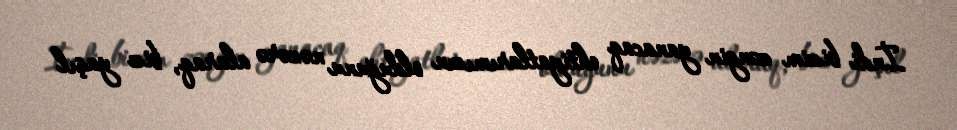
İndi bizim zəngin yanacaq ehtiyatlarımızın olduğunu nəzərə alaraq, biz yaşıl